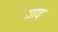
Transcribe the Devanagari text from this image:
ग्राद